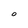
Character: O